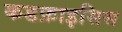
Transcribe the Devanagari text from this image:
कडफ़ाइसिस